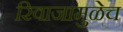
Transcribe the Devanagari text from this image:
रिवाजामुळेच